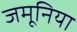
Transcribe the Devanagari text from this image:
जमूनिया